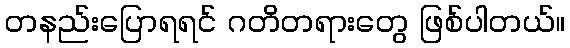
တနည်းပြောရရင် ဂတိတရားတွေ ဖြစ်ပါတယ်။